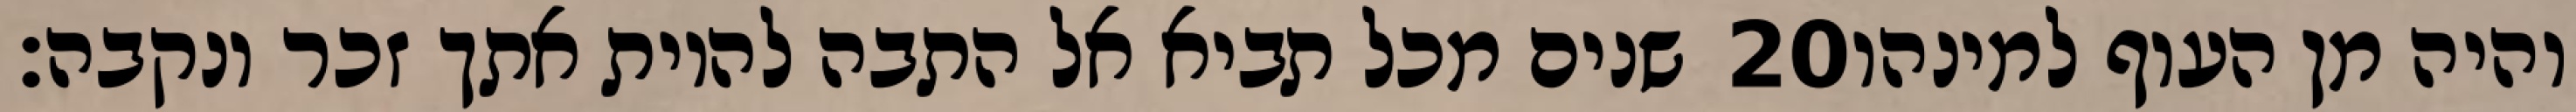
שנים מכל תביא אל התבה להיות אתך זכר ונקבה׃ ‎20‏ והיה מן העוף למינהו